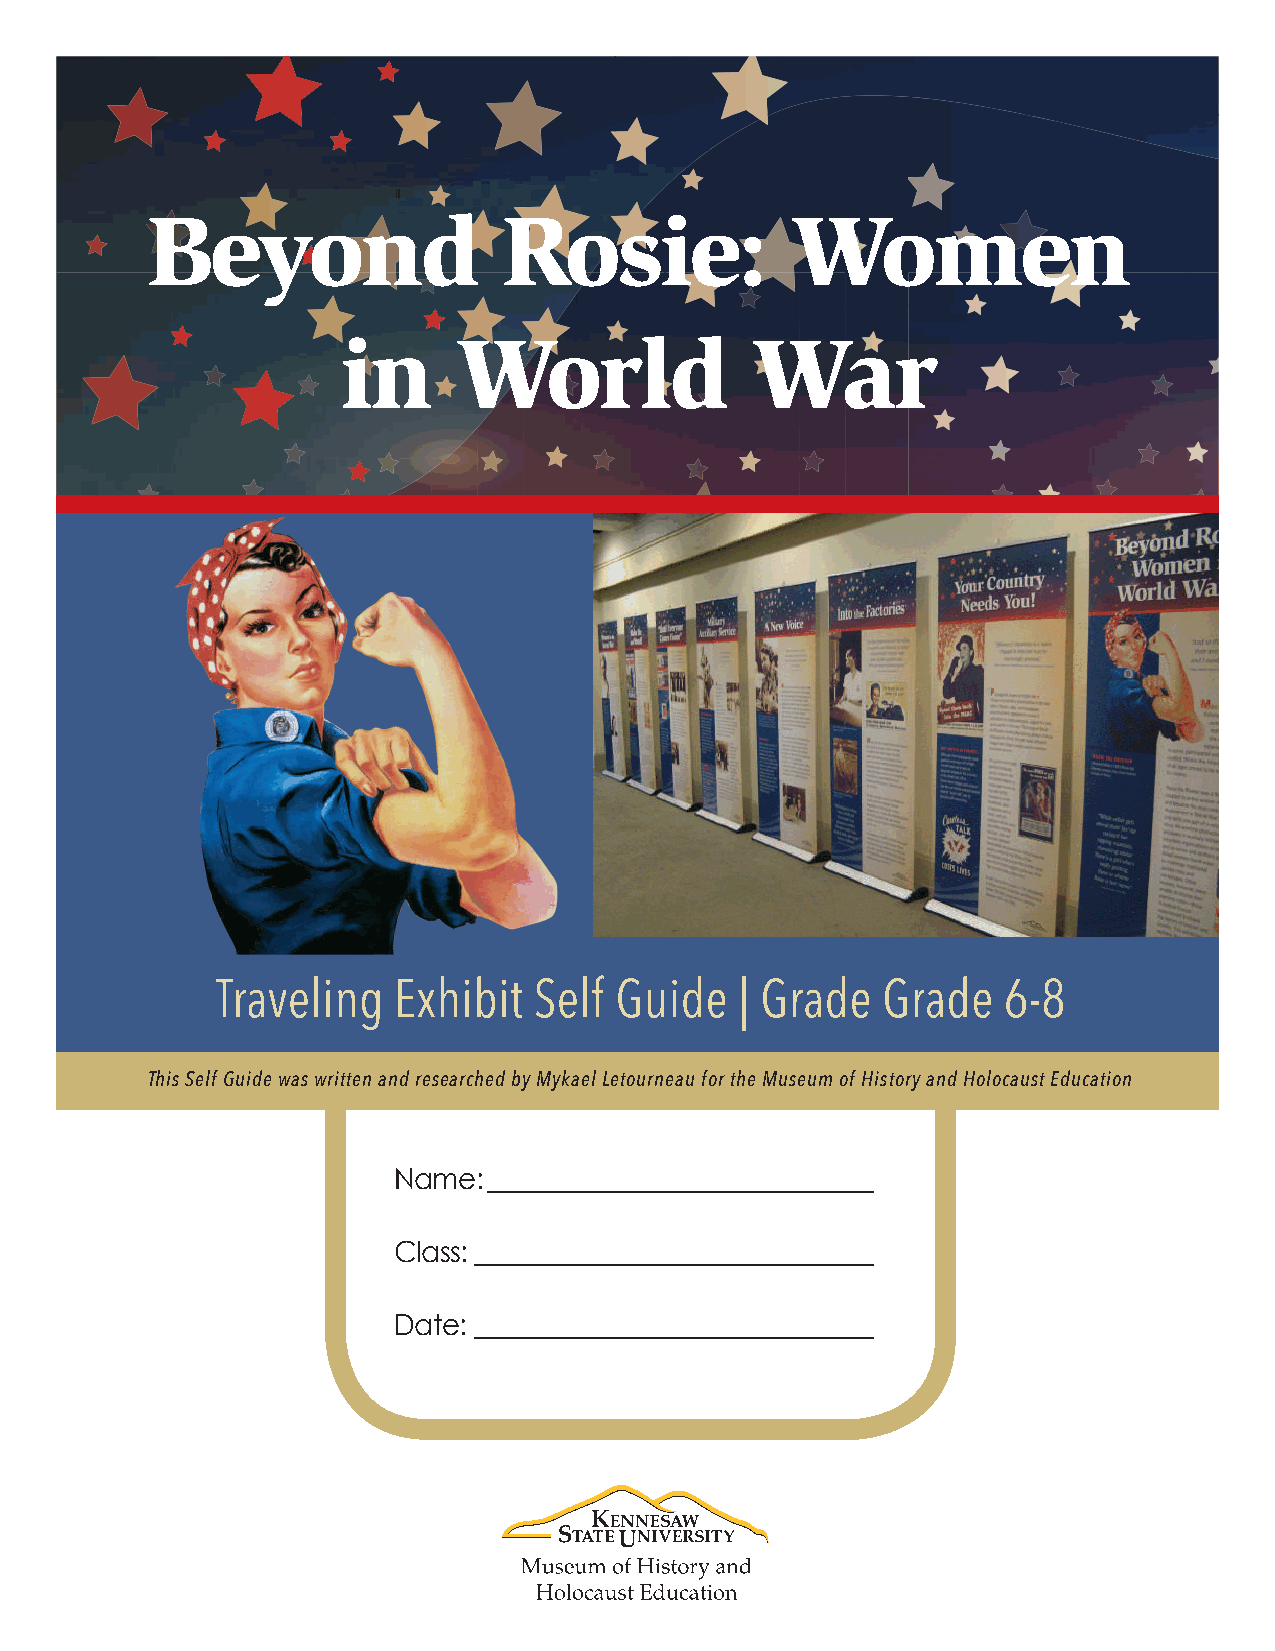
Beyond                 Rosie:             Women
 in     World               War
 Traveling   Exhibit  Self  Guide   | Grade  Grade   6-8
 This Self Guide was written and researched by Mykael Letourneau for the Museum of History and Holocaust Education
 Name: _____________________________
 Class: ______________________________
 Date: ______________________________